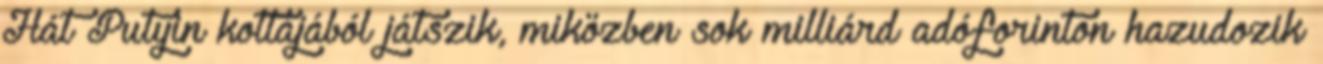
Hát Putyin kottájából játszik, miközben sok milliárd adóforinton hazudozik